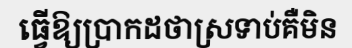
ធ្វើឱ្យប្រាកដថាស្រទាប់គឺមិន